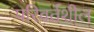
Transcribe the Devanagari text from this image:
परिवर्तशील